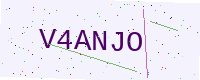
Text: V4ANJO